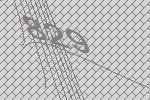
829